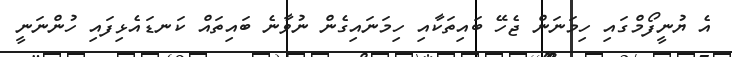
އެ ޔުނީފޯމްގައި ހިމަނަން ޖެހޭ ބައިތަކާއި ހިމަނައިގެން ނުވާނެ ބައިތައް ކަނޑައެޅިފައި ހުންނަނީ